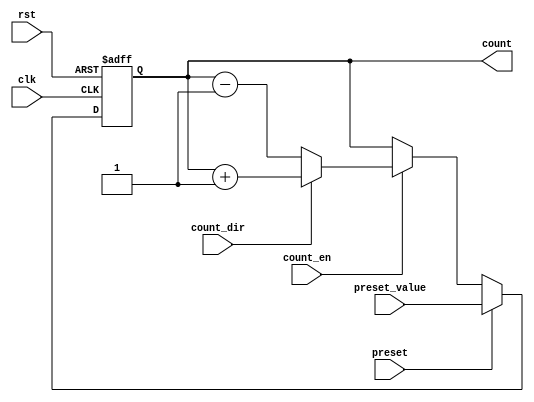
module presettable_counter (
    input wire clk,                // Clock signal
    input wire rst,                // Asynchronous reset
    input wire preset,             // Preset signal
    input wire [N-1:0] preset_value, // Value to load when preset is active
    input wire count_en,           // Count enable signal
    input wire count_dir,          // Count direction (1 for up, 0 for down)
    output reg [N-1:0] count       // Current counter value
);
    parameter N = 8;               // Size of the counter (number of bits)

    // Asynchronous reset and preset logic
    always @(posedge clk or posedge rst) begin
        if (rst) begin
            count <= 0;            // Reset the counter to 0
        end else if (preset) begin
            count <= preset_value; // Load the preset value
        end else if (count_en) begin
            if (count_dir) begin
                count <= count + 1; // Increment the counter
            end else begin
                count <= count - 1; // Decrement the counter
            end
        end
    end

endmodule